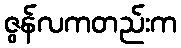
ဇွန်လကတည်းက